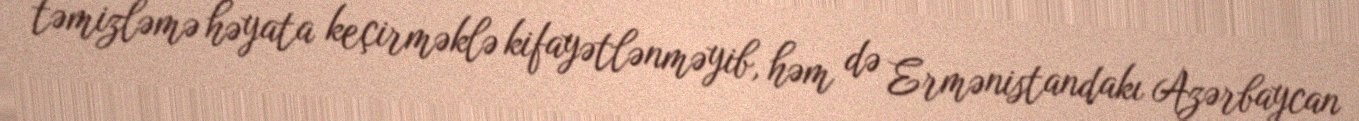
təmizləmə həyata keçirməklə kifayətlənməyib, həm də Ermənistandakı Azərbaycan